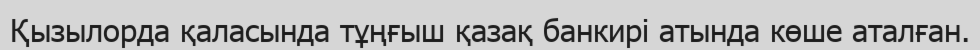
Қызылорда қаласында тұңғыш қазақ банкирі атында көше аталған.